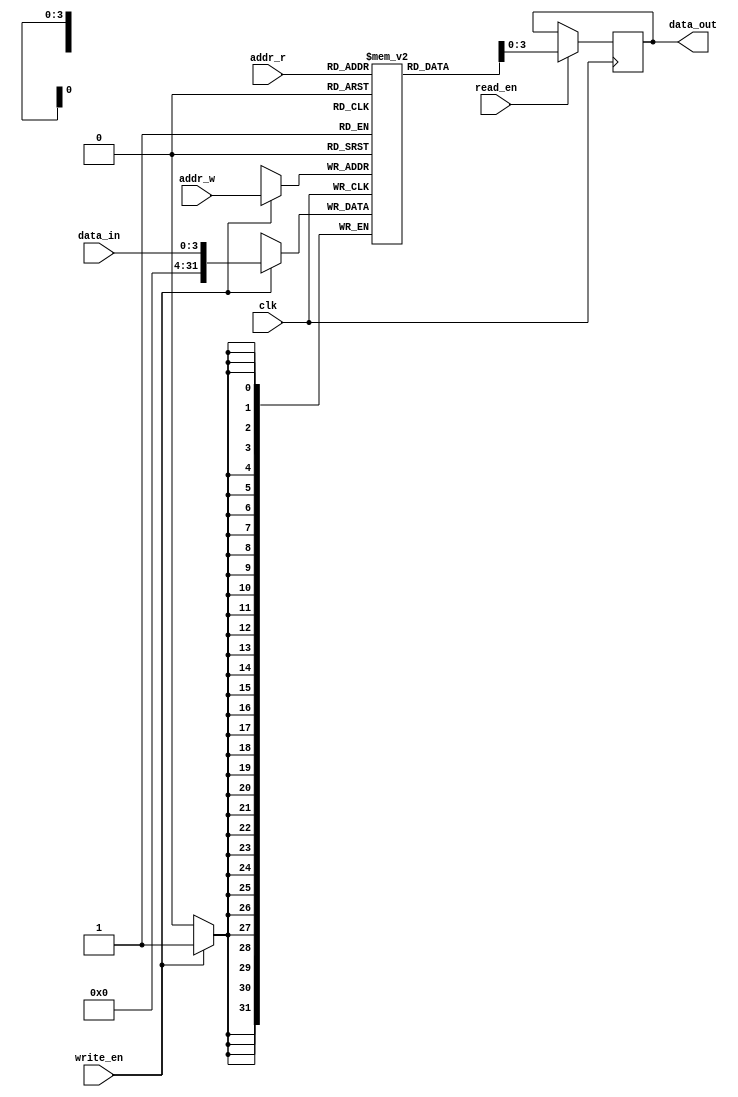
module multiport_register_file (
    input wire clk,
    input wire [3:0] addr_r,
    input wire [3:0] addr_w,
    input wire [3:0] data_in,
    output reg [3:0] data_out,
    input wire read_en,
    input wire write_en
);

reg [31:0] registers [15:0];

always @(posedge clk) begin
    if (read_en) begin
        data_out <= registers[addr_r];
    end

    if (write_en) begin
        registers[addr_w] <= data_in;
    end
end

endmodule